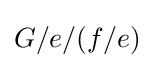
G/e/(f/e)